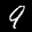
Label: 9